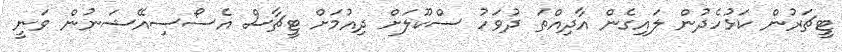
ޓީޗަރުން ކަޅުހެދުން ލައިގެން އާދިއްތަ ދުވަހު ސްކޫލަށް ދިއުމަށް ޓީޗާސް އެސޯސިއޭޝަނުން ވަނީ